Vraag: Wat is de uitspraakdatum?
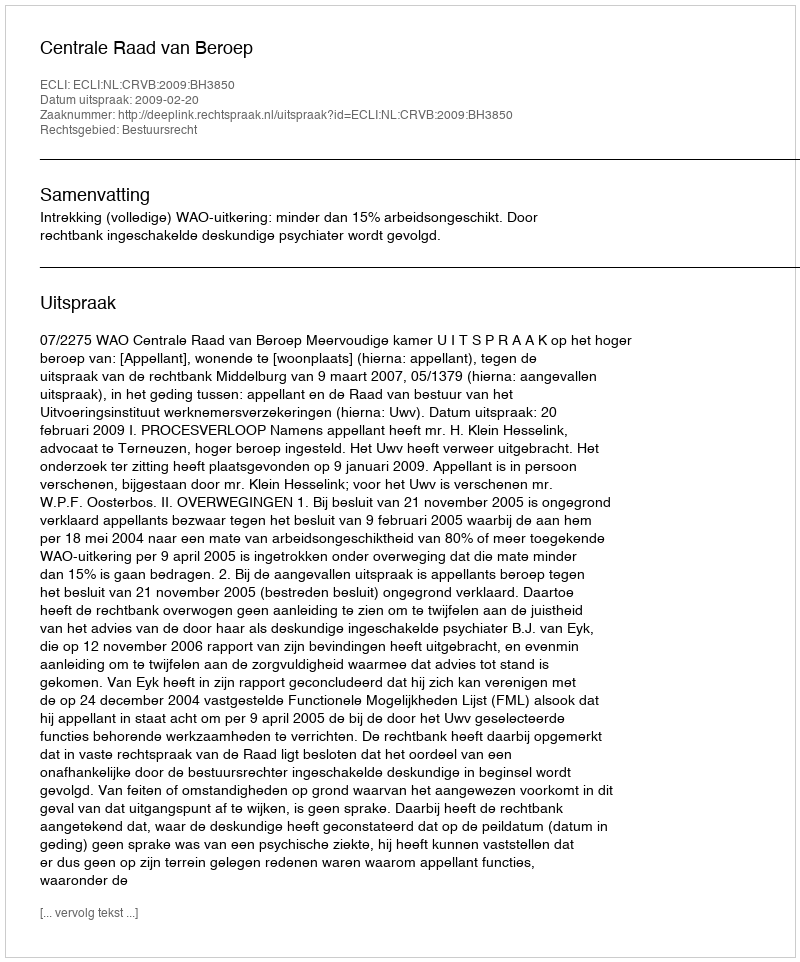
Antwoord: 2009-02-20